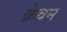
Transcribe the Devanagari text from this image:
क्रेवन